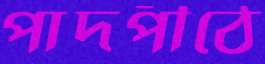
পাদপীঠে